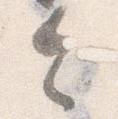
令